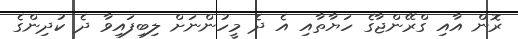
ރޮން އާއި ގްރޭންޖާގެ ހަޔާތާއި އެ ދެ މީހުންނަށް ލިބިފައިވާ ދެ ކުދިންގެ